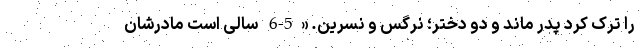
را ترک کرد پدر ماند و دو دختر؛ نرگس و نسرین. «5-6 سالی است مادرشان